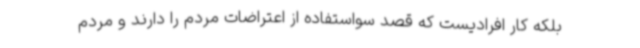
بلکه کار افرادیست که قصد سواستفاده از اعتراضات مردم را دارند و مردم